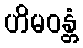
ဟိမဝန္တံ